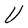
Character: U